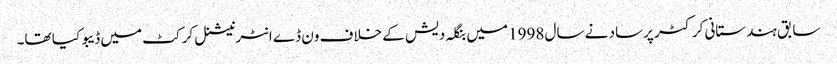
سابق ہندستانی کرکٹر پرساد نے سال 1998 میں بنگلہ دیش کے خلاف ون ڈے انٹرنیشنل کرکٹ میں ڈیبو کیا تھا۔